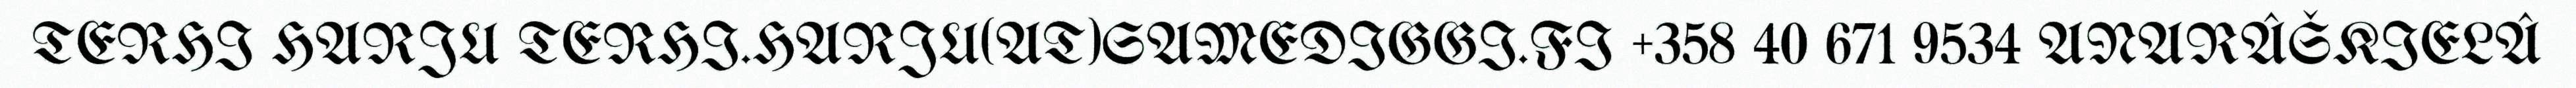
TERHI HARJU TERHI.HARJU(AT)SAMEDIGGI.FI +358 40 671 9534 ANARÂŠKIELÂ